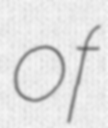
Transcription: of